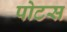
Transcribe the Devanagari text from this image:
पोटस